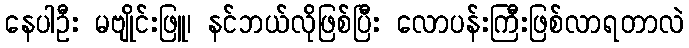
နေပါဦး မဗျိုင်းဖြူ၊ နင်ဘယ်လိုဖြစ်ပြီး လောပန်းကြီးဖြစ်လာရတာလဲ